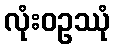
လုံးဝဥဿုံ